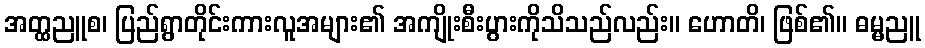
အတ္ထညူစ၊ ပြည်ရွာတိုင်းကားလူအများ၏ အကျိုးစီးပွားကိုသိသည်လည်း။ ဟောတိ၊ ဖြစ်၏။ ဓမ္မညူ